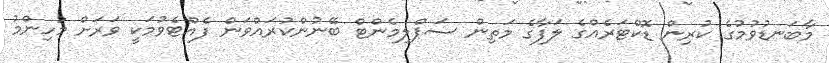
މާބަނޑުވުމުގެ ކުރިން ޑޮކްޓަރެއްގެ ލަފާގެ މަތިން ސަޕްލިމެންޓް ބޭނުންކުރައްވަން ފެއްޓެވުމަކީ ވަރަށް މުހިންމު